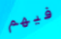
فيهم